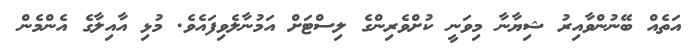
އަތެއް ބޭނުންވާއިރު ޝިޔާނާ މިވަނީ ކުށްވެރިންގެ ލިސްޓަށް އަމުނާލެވިފައެވެ. މުޅި އާއިލާގެ އެންމެން